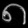
Digit: ၈